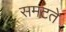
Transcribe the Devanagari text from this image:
समटते